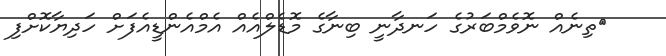
ތިނެއް ނޮވެމްބަރުގެ ހަނދާނީ ބިނާގެ މޮޑެލްއެއް އެމްއެންޑީއެފަށް ހަދިޔާކޮށްފި